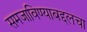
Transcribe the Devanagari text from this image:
समजाविण्याबद्दलचा